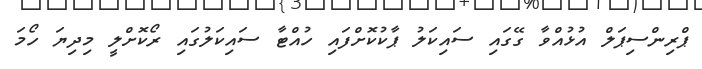
ޕްރިންސިޕަލް އުޅުއްވާ ގޭގައި ސައިކަލު ޕާކުކޮށްފައި ހުއްޓާ ސައިކަލުގައި ރޯކޮށްލީ މިދިޔަ ހޯމަ